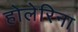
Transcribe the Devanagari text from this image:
होलेरिना